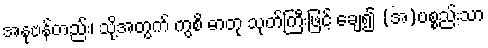
အနုဗန်တည်း၊ သို့အတွက် ကွစိ ဓာတု သုတ်ကြီးဖြင့် ချေ၍ (အ)ပစ္စည်းသာ